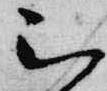
被